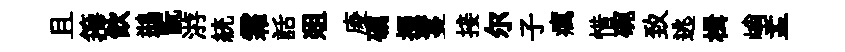
且籜飮鷀翫㳺統霜話爼庱礪掇鬘接尔子癘惜碗致逃楫峭盂